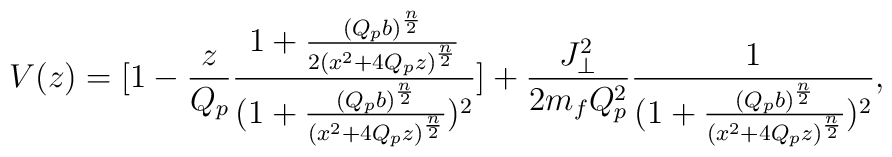
V(z)=[1-{z\over{Q_p}}{{1+{{(Q_pb)^{n\over 2}}\over{2(x^2+4Q_pz)^{n\over 2}}}}\over{(1+{{(Q_pb)^{n\over 2}}\over{(x^2+4Q_pz)^{n\over 2}}})^2}}]+{{J^2_{\perp}}\over{2m_fQ^2_p}}{1\over{(1+{{(Q_pb)^{n\over 2}}\over{(x^2+4Q_pz)^{n\over 2}}}})^2},